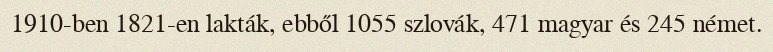
1910-ben 1821-en lakták, ebből 1055 szlovák, 471 magyar és 245 német.